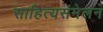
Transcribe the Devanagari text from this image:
साहित्यसंमेलन